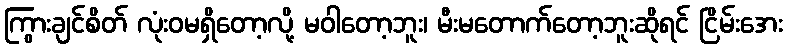
ကြွားချင်စိတ် လုံးဝမရှိတော့လို့ မဝါတော့ဘူး၊ မီးမတောက်တော့ဘူးဆိုရင် ငြိမ်းအေး